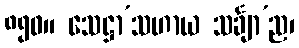
၈၅၀။ သေဋ္ဌာ’သဟာယ သင်္ချာ’ည၊